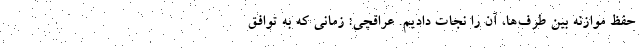
حفظ موازنه بین طرف‌ها، آن را نجات دادیم. عراقچی: زمانی که به توافق